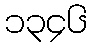
၁၃၄၆